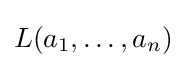
L(a_{1},\ldots ,a_{n})